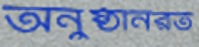
অনুষ্ঠানরত